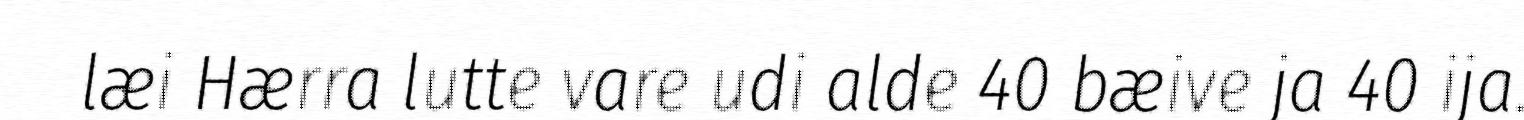
læi Hærra lutte vare udi alde 40 bæive ja 40 ija.